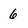
Character: 6